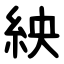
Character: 紻